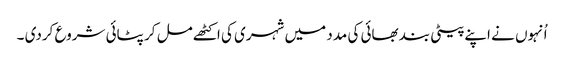
اُنہوں نے اپنے پیٹی بند بھائی کی مدد میں شہری کی اکٹھے مل کر پٹائی شروع کردی ۔